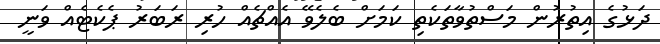
ދަޅުގެ އިތުރުން މަސްތުވާތަކެތި ކަމަށް ބެލެވޭ އެއްޗެއް ހުރި ރަބަރު ޕެކެޓެއް ވަނީ